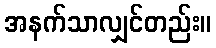
အနက်သာလျှင်တည်း။